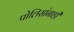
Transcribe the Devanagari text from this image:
पोलिसांनाही